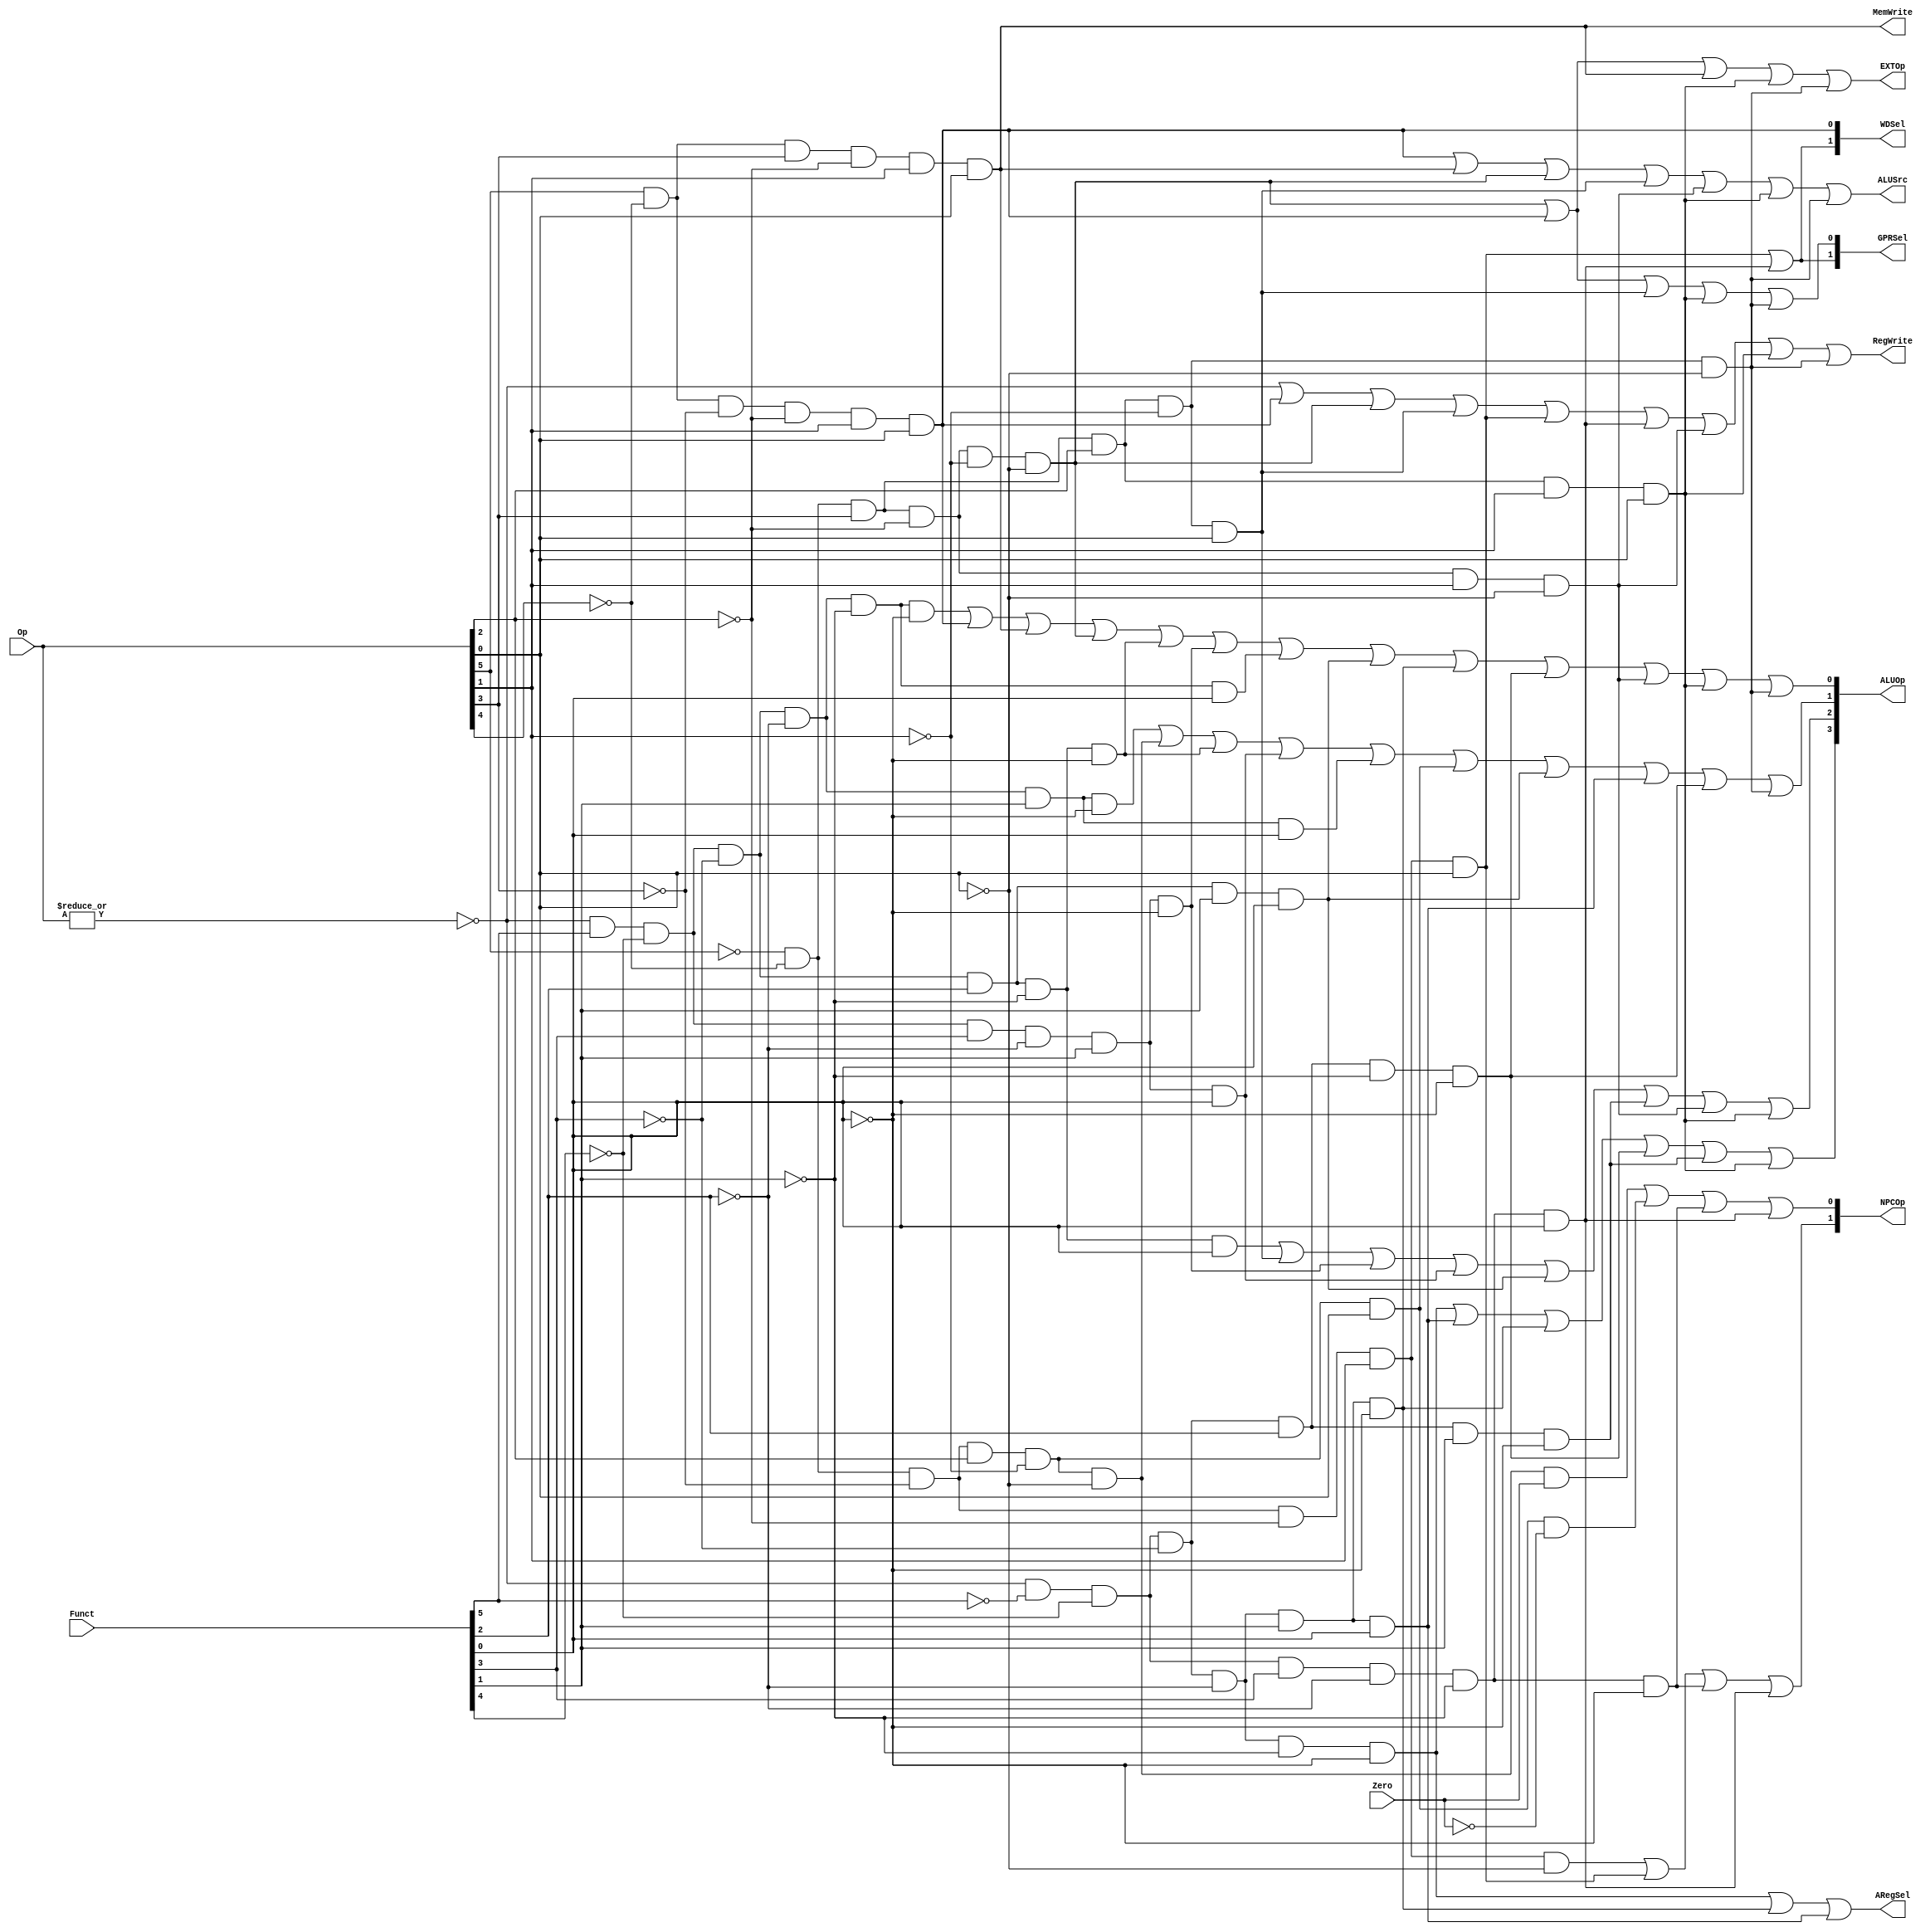
// `include "ctrl_encode_def.v"


module ctrl(Op, Funct, Zero, 
            RegWrite, MemWrite,
            EXTOp, ALUOp, NPCOp, 
            ALUSrc, GPRSel, WDSel, ARegSel
            );
            
   input  [5:0] Op;       // opcode
   input  [5:0] Funct;    // funct
   input        Zero;
   
   output       RegWrite; // control signal for register write
   output       MemWrite; // control signal for memory write
   output       EXTOp;    // control signal to signed extension
   output [3:0] ALUOp;    // ALU opertion
   output [1:0] NPCOp;    // next pc operation
   output       ALUSrc;   // ALU source for B
   output       ARegSel;  //ALU source for A

   output [1:0] GPRSel;   // general purpose register selection
   output [1:0] WDSel;    // (register) write data selection
   
  // r format
   wire rtype  = ~|Op;
   wire i_add  = rtype& Funct[5]&~Funct[4]&~Funct[3]&~Funct[2]&~Funct[1]&~Funct[0]; // add
   wire i_sub  = rtype& Funct[5]&~Funct[4]&~Funct[3]&~Funct[2]& Funct[1]&~Funct[0]; // sub
   wire i_and  = rtype& Funct[5]&~Funct[4]&~Funct[3]& Funct[2]&~Funct[1]&~Funct[0]; // and
   wire i_or   = rtype& Funct[5]&~Funct[4]&~Funct[3]& Funct[2]&~Funct[1]& Funct[0]; // or
   wire i_slt  = rtype& Funct[5]&~Funct[4]& Funct[3]&~Funct[2]& Funct[1]&~Funct[0]; // slt
   wire i_sltu = rtype& Funct[5]&~Funct[4]& Funct[3]&~Funct[2]& Funct[1]& Funct[0]; // sltu
   wire i_addu = rtype& Funct[5]&~Funct[4]&~Funct[3]&~Funct[2]&~Funct[1]& Funct[0]; // addu
   wire i_subu = rtype& Funct[5]&~Funct[4]&~Funct[3]&~Funct[2]& Funct[1]& Funct[0]; // subu
   wire i_jr   = rtype&~Funct[5]&~Funct[4]& Funct[3]&~Funct[2]&~Funct[1]&~Funct[0]; //jr 001000
   wire i_jalr = rtype&~Funct[5]&~Funct[4]& Funct[3]&~Funct[2]&~Funct[1]& Funct[0]; //jalr 001001
   wire i_nor  = rtype& Funct[5]&~Funct[4]&~Funct[3]& Funct[2]& Funct[1]& Funct[0]; //nor 100111
   wire i_sll  = rtype&~Funct[5]&~Funct[4]&~Funct[3]&~Funct[2]&~Funct[1]&~Funct[0]; //sll 000000
   wire i_srl  = rtype&~Funct[5]&~Funct[4]&~Funct[3]&~Funct[2]& Funct[1]&~Funct[0]; //srl 000010
   wire i_sra  = rtype&~Funct[5]&~Funct[4]&~Funct[3]&~Funct[2]& Funct[1]& Funct[0]; //sra 000011
   wire i_sllv = rtype&~Funct[5]&~Funct[4]&~Funct[3]& Funct[2]&~Funct[1]&~Funct[0]; //sllv 000100
   wire i_srlv = rtype&~Funct[5]&~Funct[4]&~Funct[3]& Funct[2]& Funct[1]&~Funct[0]; //srlv 000110
  // i format
   wire i_addi = ~Op[5]&~Op[4]& Op[3]&~Op[2]&~Op[1]&~Op[0]; // addi
   wire i_ori  = ~Op[5]&~Op[4]& Op[3]& Op[2]&~Op[1]& Op[0]; // ori
   wire i_lw   =  Op[5]&~Op[4]&~Op[3]&~Op[2]& Op[1]& Op[0]; // lw
   wire i_sw   =  Op[5]&~Op[4]& Op[3]&~Op[2]& Op[1]& Op[0]; // sw
   wire i_beq  = ~Op[5]&~Op[4]&~Op[3]& Op[2]&~Op[1]&~Op[0]; // beq
   wire i_bne  = ~Op[5]&~Op[4]&~Op[3]& Op[2]&~Op[1]& Op[0]; //bne 000101
   wire i_slti = ~Op[5]&~Op[4]& Op[3]&~Op[2]& Op[1]&~Op[0]; //slti 001010
   wire i_lui  = ~Op[5]&~Op[4]& Op[3]& Op[2]& Op[1]& Op[0]; //lui 001111
   wire i_andi = ~Op[5]&~Op[4]& Op[3]& Op[2]&~Op[1]&~Op[0]; //001100
  // j format
   wire i_j    = ~Op[5]&~Op[4]&~Op[3]&~Op[2]& Op[1]&~Op[0];  // j
   wire i_jal  = ~Op[5]&~Op[4]&~Op[3]&~Op[2]& Op[1]& Op[0];  // jal
  

  // generate control signals
  assign RegWrite   = rtype | i_lw | i_addi | i_ori | i_jal | i_jalr | i_slti | i_lui | i_andi; // register write
  
  assign MemWrite   = i_sw;                           // memory write
  assign ALUSrc     = i_lw | i_sw | i_addi | i_ori | i_slti | i_lui | i_andi;   // ALU B is from instruction immediate
  assign ARegSel    = i_sll | i_srl | i_sra;
  assign EXTOp      = i_addi | i_lw | i_sw | i_lui | i_andi;           // signed extension

  // GPRSel_RD   2'b00
  // GPRSel_RT   2'b01
  // GPRSel_31   2'b10
  assign GPRSel[0] = i_lw | i_addi | i_ori  | i_lui | i_andi;
  assign GPRSel[1] = i_jal | i_jalr;
  
  // WDSel_FromALU 2'b00
  // WDSel_FromMEM 2'b01
  // WDSel_FromPC  2'b10 
  assign WDSel[0] = i_lw;
  assign WDSel[1] = i_jal | i_jalr;

  // NPC_PLUS4   2'b00
  // NPC_BRANCH  2'b01
  // NPC_JUMP    2'b10
  // NPC_JR      2'b11
  assign NPCOp[0] = (i_beq & Zero) | (i_bne & ~Zero) | i_jr | i_jalr;
  assign NPCOp[1] = i_j | i_jal | i_jr | i_jalr;
  
// `define ALU_NOP   4'b0000 
// `define ALU_ADD   4'b0001
// `define ALU_SUB   4'b0010 
// `define ALU_AND   4'b0011
// `define ALU_OR    4'b0100
// `define ALU_SLT   4'b0101
// `define ALU_SLTU  4'b0110
// `define ALU_NOR   4'b0111
// `define ALU_SLL   4'b1000
// `define ALU_SRL   4'b1001
// `define ALU_SRA   4'b1010
//`define ALU_SLLV  4'b1011
//`define ALU_SRLV  4'b1100
//`define ALU_SLL16 4'b1101
  assign ALUOp[0] = i_add | i_lw | i_sw | i_addi | i_and | i_slt | i_addu | i_nor | i_srl | i_sllv |i_slti |i_lui | i_andi;
  assign ALUOp[1] = i_sub | i_beq | i_and | i_sltu | i_subu | i_bne | i_nor | i_sra | i_sllv | i_andi;
  assign ALUOp[2] = i_or | i_ori | i_slt | i_sltu | i_nor | i_srlv | i_slti | i_lui;
  assign ALUOp[3] = i_sll | i_sra | i_srl | i_sllv | i_srlv | i_lui;

endmodule